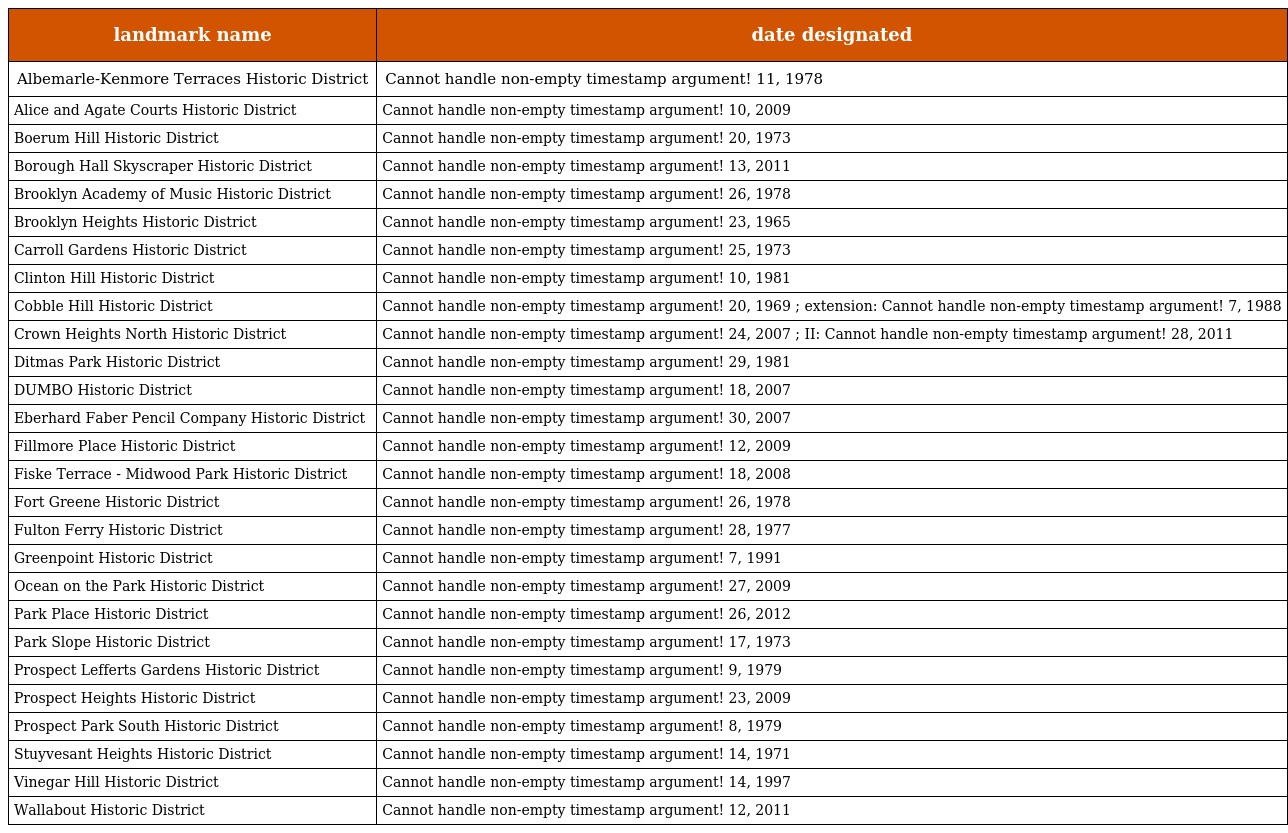
| landmark name | date designated |
 | --- | --- |
 | Albemarle-Kenmore Terraces Historic District | Cannot handle non-empty timestamp argument! 11, 1978 |
 | Alice and Agate Courts Historic District | Cannot handle non-empty timestamp argument! 10, 2009 |
 | Boerum Hill Historic District | Cannot handle non-empty timestamp argument! 20, 1973 |
 | Borough Hall Skyscraper Historic District | Cannot handle non-empty timestamp argument! 13, 2011 |
 | Brooklyn Academy of Music Historic District | Cannot handle non-empty timestamp argument! 26, 1978 |
 | Brooklyn Heights Historic District | Cannot handle non-empty timestamp argument! 23, 1965 |
 | Carroll Gardens Historic District | Cannot handle non-empty timestamp argument! 25, 1973 |
 | Clinton Hill Historic District | Cannot handle non-empty timestamp argument! 10, 1981 |
 | Cobble Hill Historic District | Cannot handle non-empty timestamp argument! 20, 1969 ; extension: Cannot handle non-empty timestamp argument! 7, 1988 |
 | Crown Heights North Historic District | Cannot handle non-empty timestamp argument! 24, 2007 ; II: Cannot handle non-empty timestamp argument! 28, 2011 |
 | Ditmas Park Historic District | Cannot handle non-empty timestamp argument! 29, 1981 |
 | DUMBO Historic District | Cannot handle non-empty timestamp argument! 18, 2007 |
 | Eberhard Faber Pencil Company Historic District | Cannot handle non-empty timestamp argument! 30, 2007 |
 | Fillmore Place Historic District | Cannot handle non-empty timestamp argument! 12, 2009 |
 | Fiske Terrace - Midwood Park Historic District | Cannot handle non-empty timestamp argument! 18, 2008 |
 | Fort Greene Historic District | Cannot handle non-empty timestamp argument! 26, 1978 |
 | Fulton Ferry Historic District | Cannot handle non-empty timestamp argument! 28, 1977 |
 | Greenpoint Historic District | Cannot handle non-empty timestamp argument! 7, 1991 |
 | Ocean on the Park Historic District | Cannot handle non-empty timestamp argument! 27, 2009 |
 | Park Place Historic District | Cannot handle non-empty timestamp argument! 26, 2012 |
 | Park Slope Historic District | Cannot handle non-empty timestamp argument! 17, 1973 |
 | Prospect Lefferts Gardens Historic District | Cannot handle non-empty timestamp argument! 9, 1979 |
 | Prospect Heights Historic District | Cannot handle non-empty timestamp argument! 23, 2009 |
 | Prospect Park South Historic District | Cannot handle non-empty timestamp argument! 8, 1979 |
 | Stuyvesant Heights Historic District | Cannot handle non-empty timestamp argument! 14, 1971 |
 | Vinegar Hill Historic District | Cannot handle non-empty timestamp argument! 14, 1997 |
 | Wallabout Historic District | Cannot handle non-empty timestamp argument! 12, 2011 |